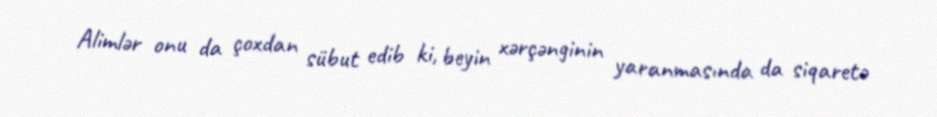
Alimlər onu da çoxdan sübut edib ki, beyin xərçənginin yaranmasında da siqaretə